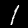
Label: 1